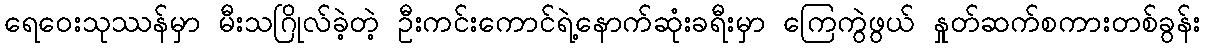
ရေဝေးသုဿန်မှာ မီးသဂြိုလ်ခဲ့တဲ့ ဦးကင်းကောင်ရဲ့နောက်ဆုံးခရီးမှာ ကြေကွဲဖွယ် နှုတ်ဆက်စကားတစ်ခွန်း